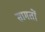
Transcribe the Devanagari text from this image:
सामतों